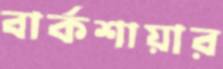
বার্কশায়ার